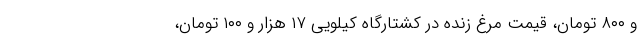
و ۸۰۰ تومان، قیمت مرغ زنده در کشتارگاه کیلویی ۱۷ هزار و ۱۰۰ تومان،